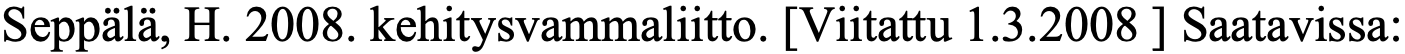
Seppälä, H. 2008. kehitysvammaliitto. [Viitattu 1.3.2008 ] Saatavissa: